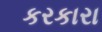
કરકારા